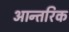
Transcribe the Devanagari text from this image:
आन्‍तरिक